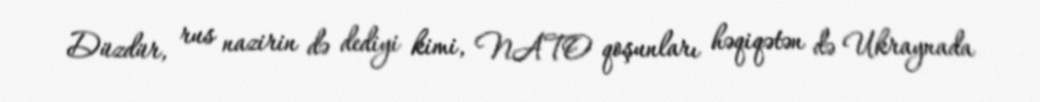
Düzdür, rus nazirin də dediyi kimi, NATO qoşunları həqiqətən də Ukraynada